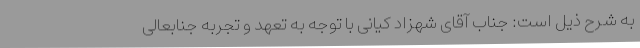
به شرح ذیل است: جناب آقای شهزاد کیانی با توجه به تعهد و تجربه جنابعالی